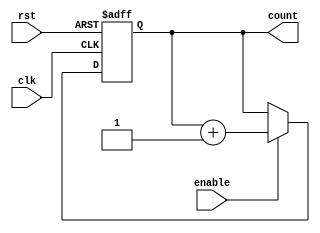
module up_counter_enable (
    input wire clk,
    input wire rst,
    input wire enable,
    output reg [3:0] count
);

always @(posedge clk or posedge rst) begin
    if (rst) begin
        count <= 4'b0000;
    end else if (enable) begin
        count <= count + 1;
    end
end

endmodule